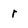
Character: r